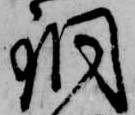
銅